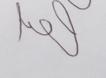
Signature authenticity: genuine